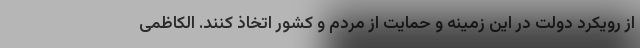
از رویکرد دولت در این زمینه و حمایت از مردم و کشور اتخاذ کنند. الکاظمی